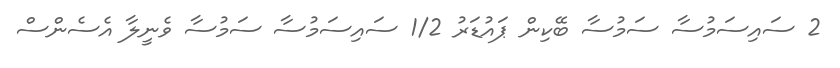
2 ސައިސަމުސާ ސަމުސާ ބޭކިން ޕައުޑަރު 1/2 ސައިސަމުސާ ސަމުސާ ވެނީލާ އެސެންސް